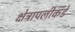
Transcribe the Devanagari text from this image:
क्षेत्रापलीकडे